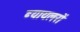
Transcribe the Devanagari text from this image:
ब्यायलरों